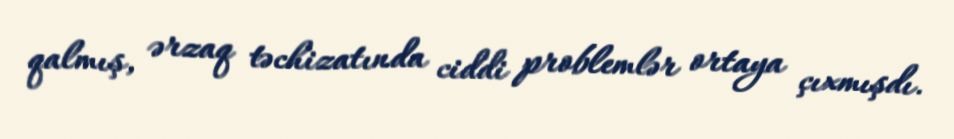
qalmış, ərzaq təchizatında ciddi problemlər ortaya çıxmışdı.